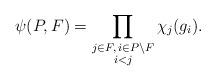
LaTeX: \begin{align*}\psi (P, F) = \prod_{\substack{j \in F, \, i \in P \setminus F \\i < j}} \chi_{j} (g_{i}) .\end{align*}